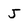
Character: J